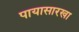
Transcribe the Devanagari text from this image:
पायासारखा